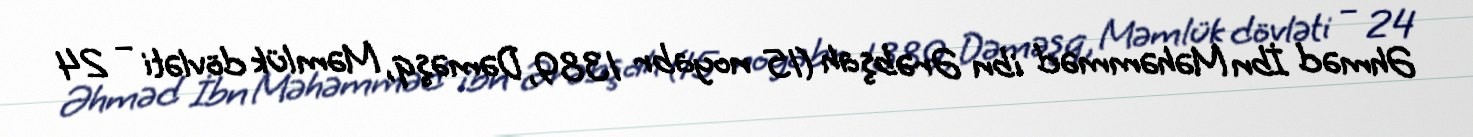
Əhməd İbn Məhəmməd ibn Ərəbşah (15 noyabr 1389, Dəməşq, Məmlük dövləti – 24